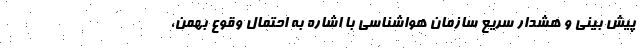
پیش بینی و هشدار سریع سازمان هواشناسی با اشاره به احتمال وقوع بهمن،